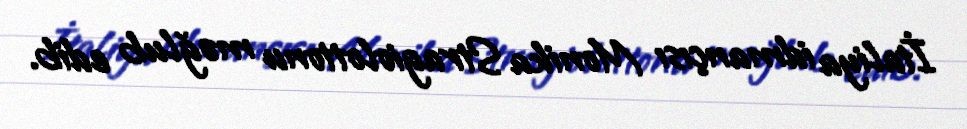
İtaliya idmançısı Monika Stragiolottonu məğlub edib.